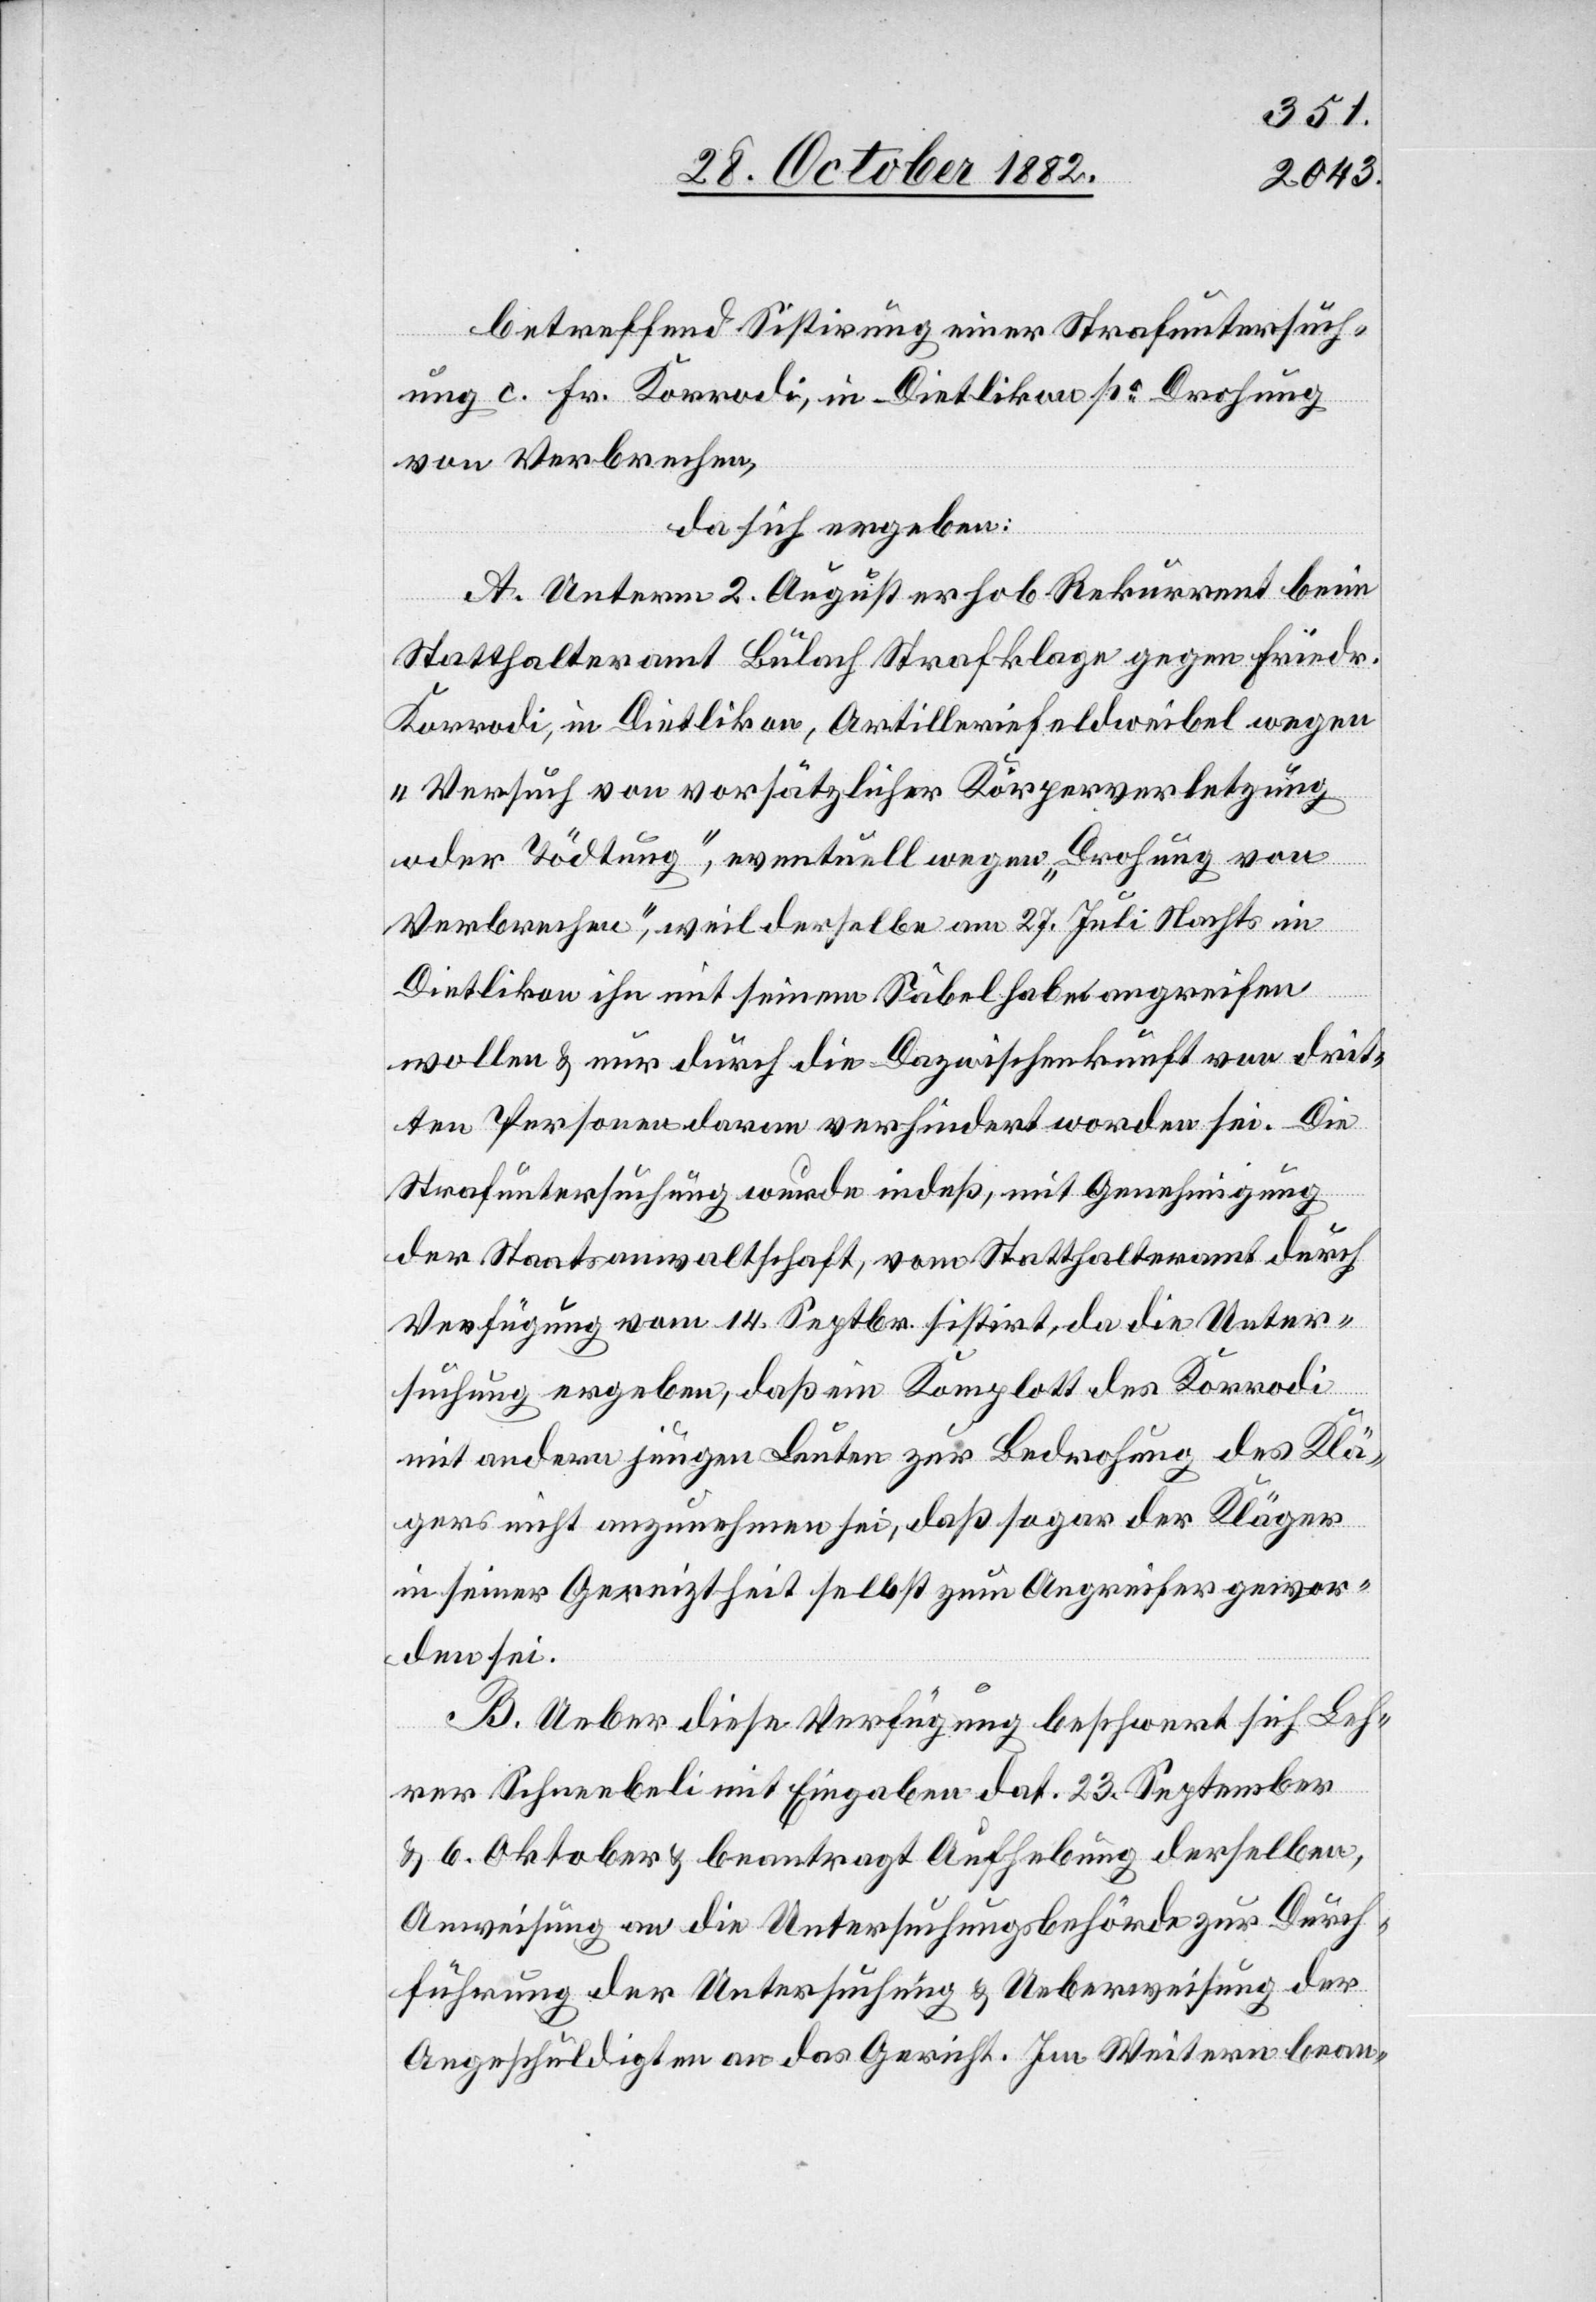
betreffend Sistirung einer Strafuntersuch¬
ung c. Fr. Korrodi, in Dietlikon po Drohung
von Verbrechen,
da sich ergeben:
A. Unterm 2. August erhob Rekurrent beim
Statthalteramt Bülach Strafklage gegen Friedr.
Korrodi, in Dietlikon, Artilleriefeldweibel, wegen
„Versuch von vorsätzlicher Körperverletzung
oder Tödtung“, eventuell wegen „Drohung von
Verbrechen“, weil derselbe am 27. Juli Nachts in
Dietlikon ihn mit seinem Säbel habe angreifen
wollen & nur durch die Dazwischenkunft von drit¬
ten Personen daran verhindert worden sei. Die
Strafuntersuchung wurde indeß, mit Genehmigung
der Staatsanwaltschaft, vom Statthalteramt durch
Verfügung vom 14. Septbr. sistirt, da die Unter¬
suchung ergeben, daß ein Komplott des Korrodi
mit andern jungen Leuten zur Bedrohung des Klä¬
gers nicht anzunehmen sei, daß sogar der Kläger
in seiner Gereiztheit selbst zum Angreifer gewor¬
den sei.
B. Ueber diese Verfügung beschwert sich Leh¬
rer Schneebeli mit Eingaben dat. 23. September
& 6. Oktober & beantragt Aufhebung derselben,
Anweisung an die Untersuchungsbehörde zur Durch¬
führung der Untersuchung & Ueberweisung der
Angeschuldigten an das Gericht. Im Weitern bean-